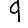
Digit: 9